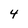
Character: 4